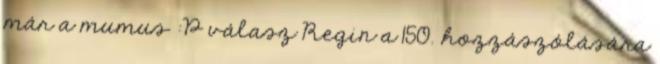
már a mumus :P válasz Regin a 150. hozzászólására